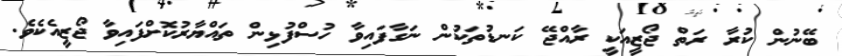
ބޭނުން ކުރާ ރަތް ޖޯޒީއަކީ ރާއްޖޭ ކަނޑުތަކުން ނަގާފައިވާ ހުސްފުޅިން ތައްޔާރުކޮށްފައިވާ ޖޯޒީއެކެވެ.